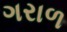
ગરાળ